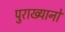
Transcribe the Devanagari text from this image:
पुराख्यानों